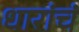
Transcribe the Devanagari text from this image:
धारांचं